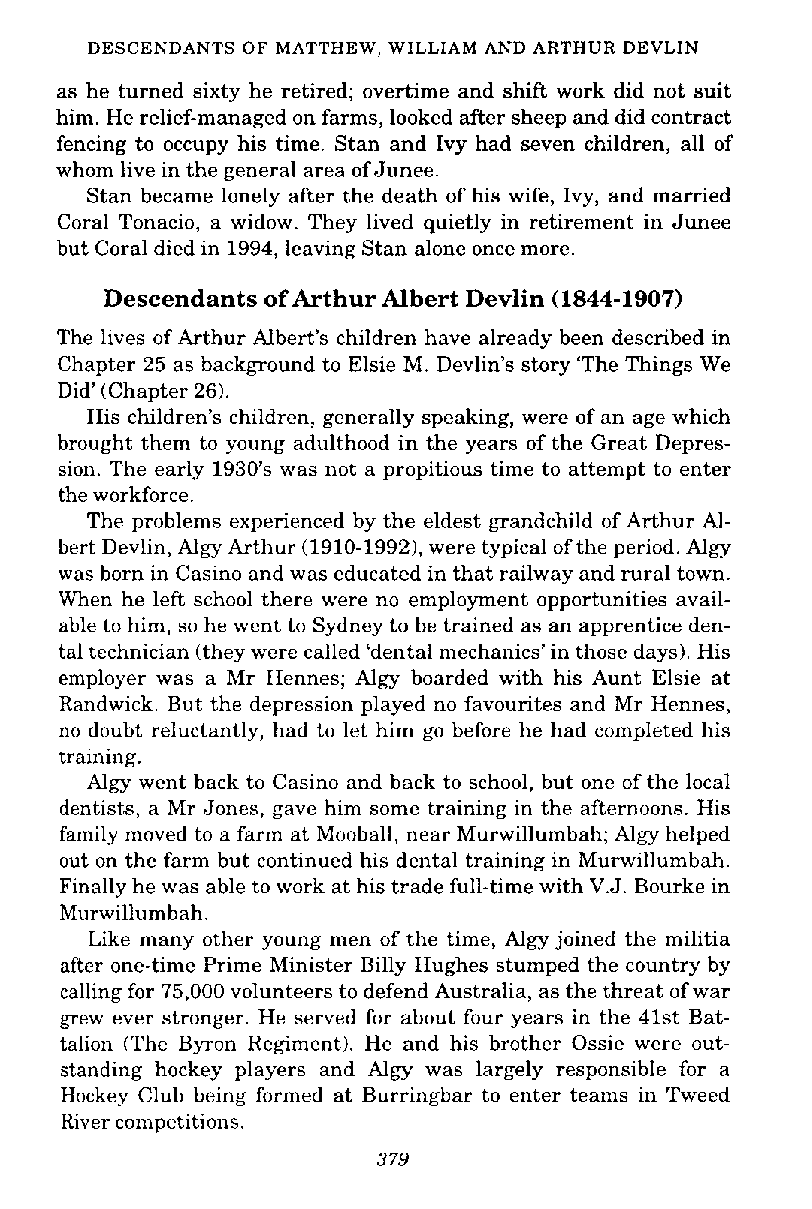
DESCENDANTS OF MATTHEW, WILLIAM AND ARTHUR DEVLIN
 as he turned sixty he retired; overtime and shift work did not suit
 him. He relief-managed on farms, looked after sheep and did contract
 fencing to occupy his time. Stan and Ivy had seven children, all of
 whom live in the general area of Junee.
 Stan became lonely after the death of his wife, Ivy, and mamed
 Coral Tonacio, a widow. They lived quietly in retirement in Junee
 but Coral died in 1994, leaving Stan alone once more.
 Descendants of Arthur Albert Devlin (1844-1907)
 The lives of Arthur Albert's children have already been described in
 Chapter 25 as background to Elsie M. Devlin's story 'The Things We
 Did' (Chapter 26).
 His children's children, generally speaking, were of an age which
 brought them to young adulthood in the years of the Great Depres-
 sion. The early 1930's was not a propitious time to attempt to enter
 the workforce.
 The problems experienced by the eldest grandchild of Arthur Al-
 bert Devlin, Algy Arthur (1910-19921, were typical of the period. Algy
 was born in Casino and was educated in that railway and rural town.
 When he left school there were no employment opportunities avail-
 able to him, so he went to Sydney to be trained as an apprentice den-
 tal technician (they were called 'dental mechanics'in those days). His
 employer was a Mr Hennes; Algy boarded with his Aunt Elsie at
 Randwick. But the depression played no favourites and Mr Hennes,
 no doubt reluctantly, had to let him go before he had completed his
 training.
 Algy went back to Casino and back to school, but one of the local
 dentists, a Mr Jones, gave him some training in the afternoons. His
 family moved to a farm at Mooball, near Munvillumbah; Algy helped
 out on the farm but continued his dental training in Murwillumbah.
 Finally he was able to work at his trade full-time with V.J. Bourke in
 Murwillumbah.
 Like many other young men of the time, Algy joined the militia
 after one-time Prime Minister Billy Hughes stumped the country by
 calling for 75,000 volunteers to defend Australia, as the threat of war
 grew ever stronger. He served for about four years in the 41st Bat-
 talion (The Byron Regiment). He and his brother Ossie were out-
 standing hockey players and Algy was largely responsible for a
 Hockey Club being formed at Burringbar to enter teams in Tweed
 River competitions.